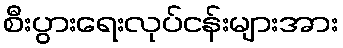
စီးပွားရေးလုပ်ငန်းများအား